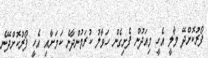
ފޯރުކޮށްދޭ މާލީ އެހީ މިއަދުން ފެށިގެން ހަވާލު ކުރަމުންދާނެ ކަމަށާއި އެހީ ފޯރުކޮށްދޭނެ